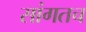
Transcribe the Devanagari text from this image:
सांगतच